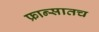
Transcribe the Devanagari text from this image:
फ्रान्सातच